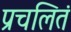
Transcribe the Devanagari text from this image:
प्रचलितं